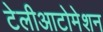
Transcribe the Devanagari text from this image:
टेलीआटोमेशन